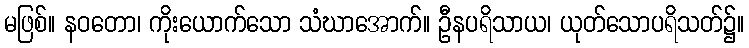
မဖြစ်။ နဝတော၊ ကိုးယောက်သော သံဃာအောက်။ ဦနပရိသာယ၊ ယုတ်သောပရိသတ်၌။